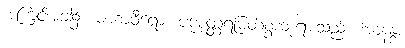
အကြင်အခါ၌။ မဟာဝီရော၊ ပဒုမုတ္တရမြတ်စွာဘုရားသည်။ အာနန္ဒံ၊